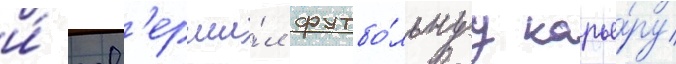
и́ зав'ерши́л футбо́льнуу карье́ру